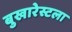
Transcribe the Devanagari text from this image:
बुखारेस्टला